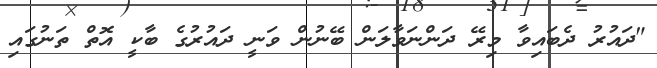
"ދައުރު ދެބައިވާ މިރޭ ދަންނަވާލަން ބޭނުން ވަނީ ދައުރުގެ ބާކީ އޮތް ތަނުގައި